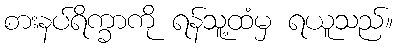
စားနပ်ရိက္ခာကို ရန်သူ့ထံမှ ရယူသည်။